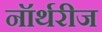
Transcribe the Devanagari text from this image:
नॉर्थरीज